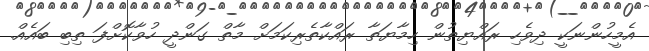
އެމީހުންނަކީ ދިވެހި ރައްޔިތުުން ހިމާޔަތާ ރައްކާތެރިކަމަށް މާތް ގަންދީ ހުވާކޮށްފަ ތިބި ބައެއް.